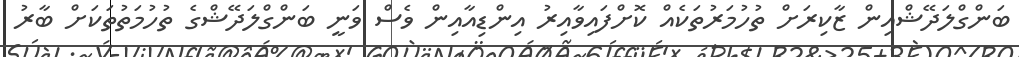
ބަންގްލަދޭޝްއިން ޒާކިރަށް ތުހުމަރުތަކެއް ކޮށްފައިވާއިރު އިންޑިއާއިން ވެސް ވަނީ ބަންގްލަދޭޝްގެ ތުހުމަތުތަކަށް ބާރު